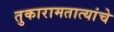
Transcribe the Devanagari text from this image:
तुकारामतात्यांचे